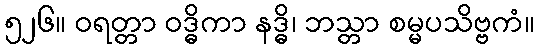
၅၂၆။ ဝရတ္တာ ဝဒ္ဓိကာ နဒ္ဓိ၊ ဘသ္တာ စမ္မပသိဗ္ဗကံ။